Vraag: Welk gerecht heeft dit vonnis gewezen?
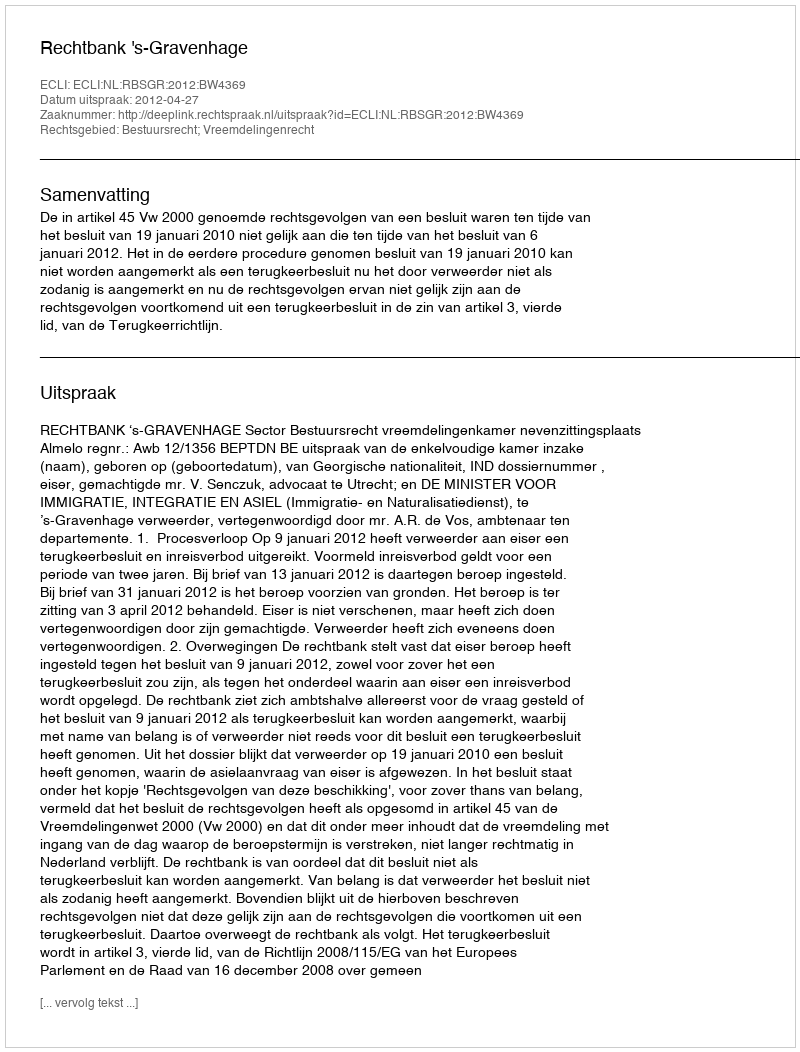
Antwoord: Rechtbank 's-Gravenhage